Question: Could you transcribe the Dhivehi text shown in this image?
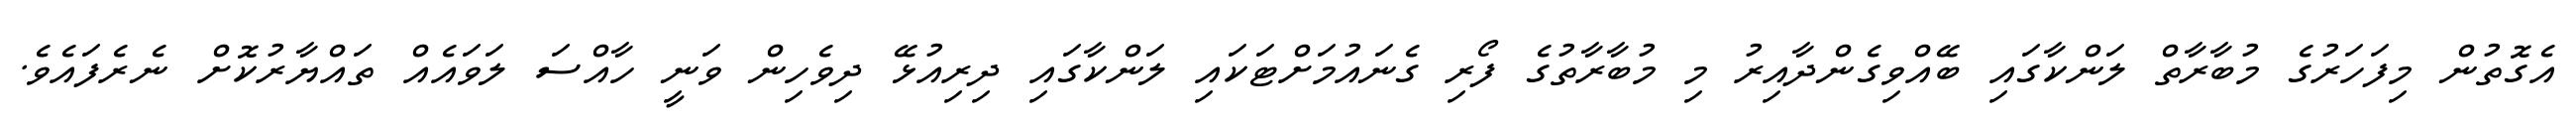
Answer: އެގޮތުން މިފަހަރުގެ މުބާރާތް ލަންކާގައި ބޭއްވިގެންދާއިރު މި މުބާރާތުގެ ފޯރި ގެނައުމަށްޓަކައި ލަންކާގައި ދިރިއުޅޭ ދިވެހިން ވަނީ ހާއްސަ ލަވައެއް ތައްޔާރުކޮށް ނެރެފައެވެ.